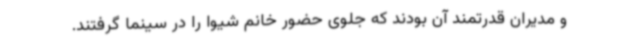
و مدیران قدرتمند آن بودند که جلوی حضور خانم شیوا را در سینما گرفتند.